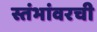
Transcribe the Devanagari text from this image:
स्तंभांवरची